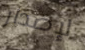
لإصدار